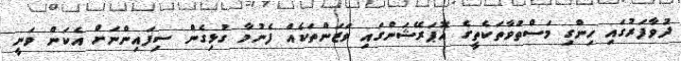
ދުވާފަރުގައި ހިންގި މަސްތުވާތަކެތީގެ އޮޕަރޭޝަންގައި ވަޒަންތަކެއް ފެނުމާ ގުޅިގެން ސިފައިންނަށް އެކަން ވަނީ